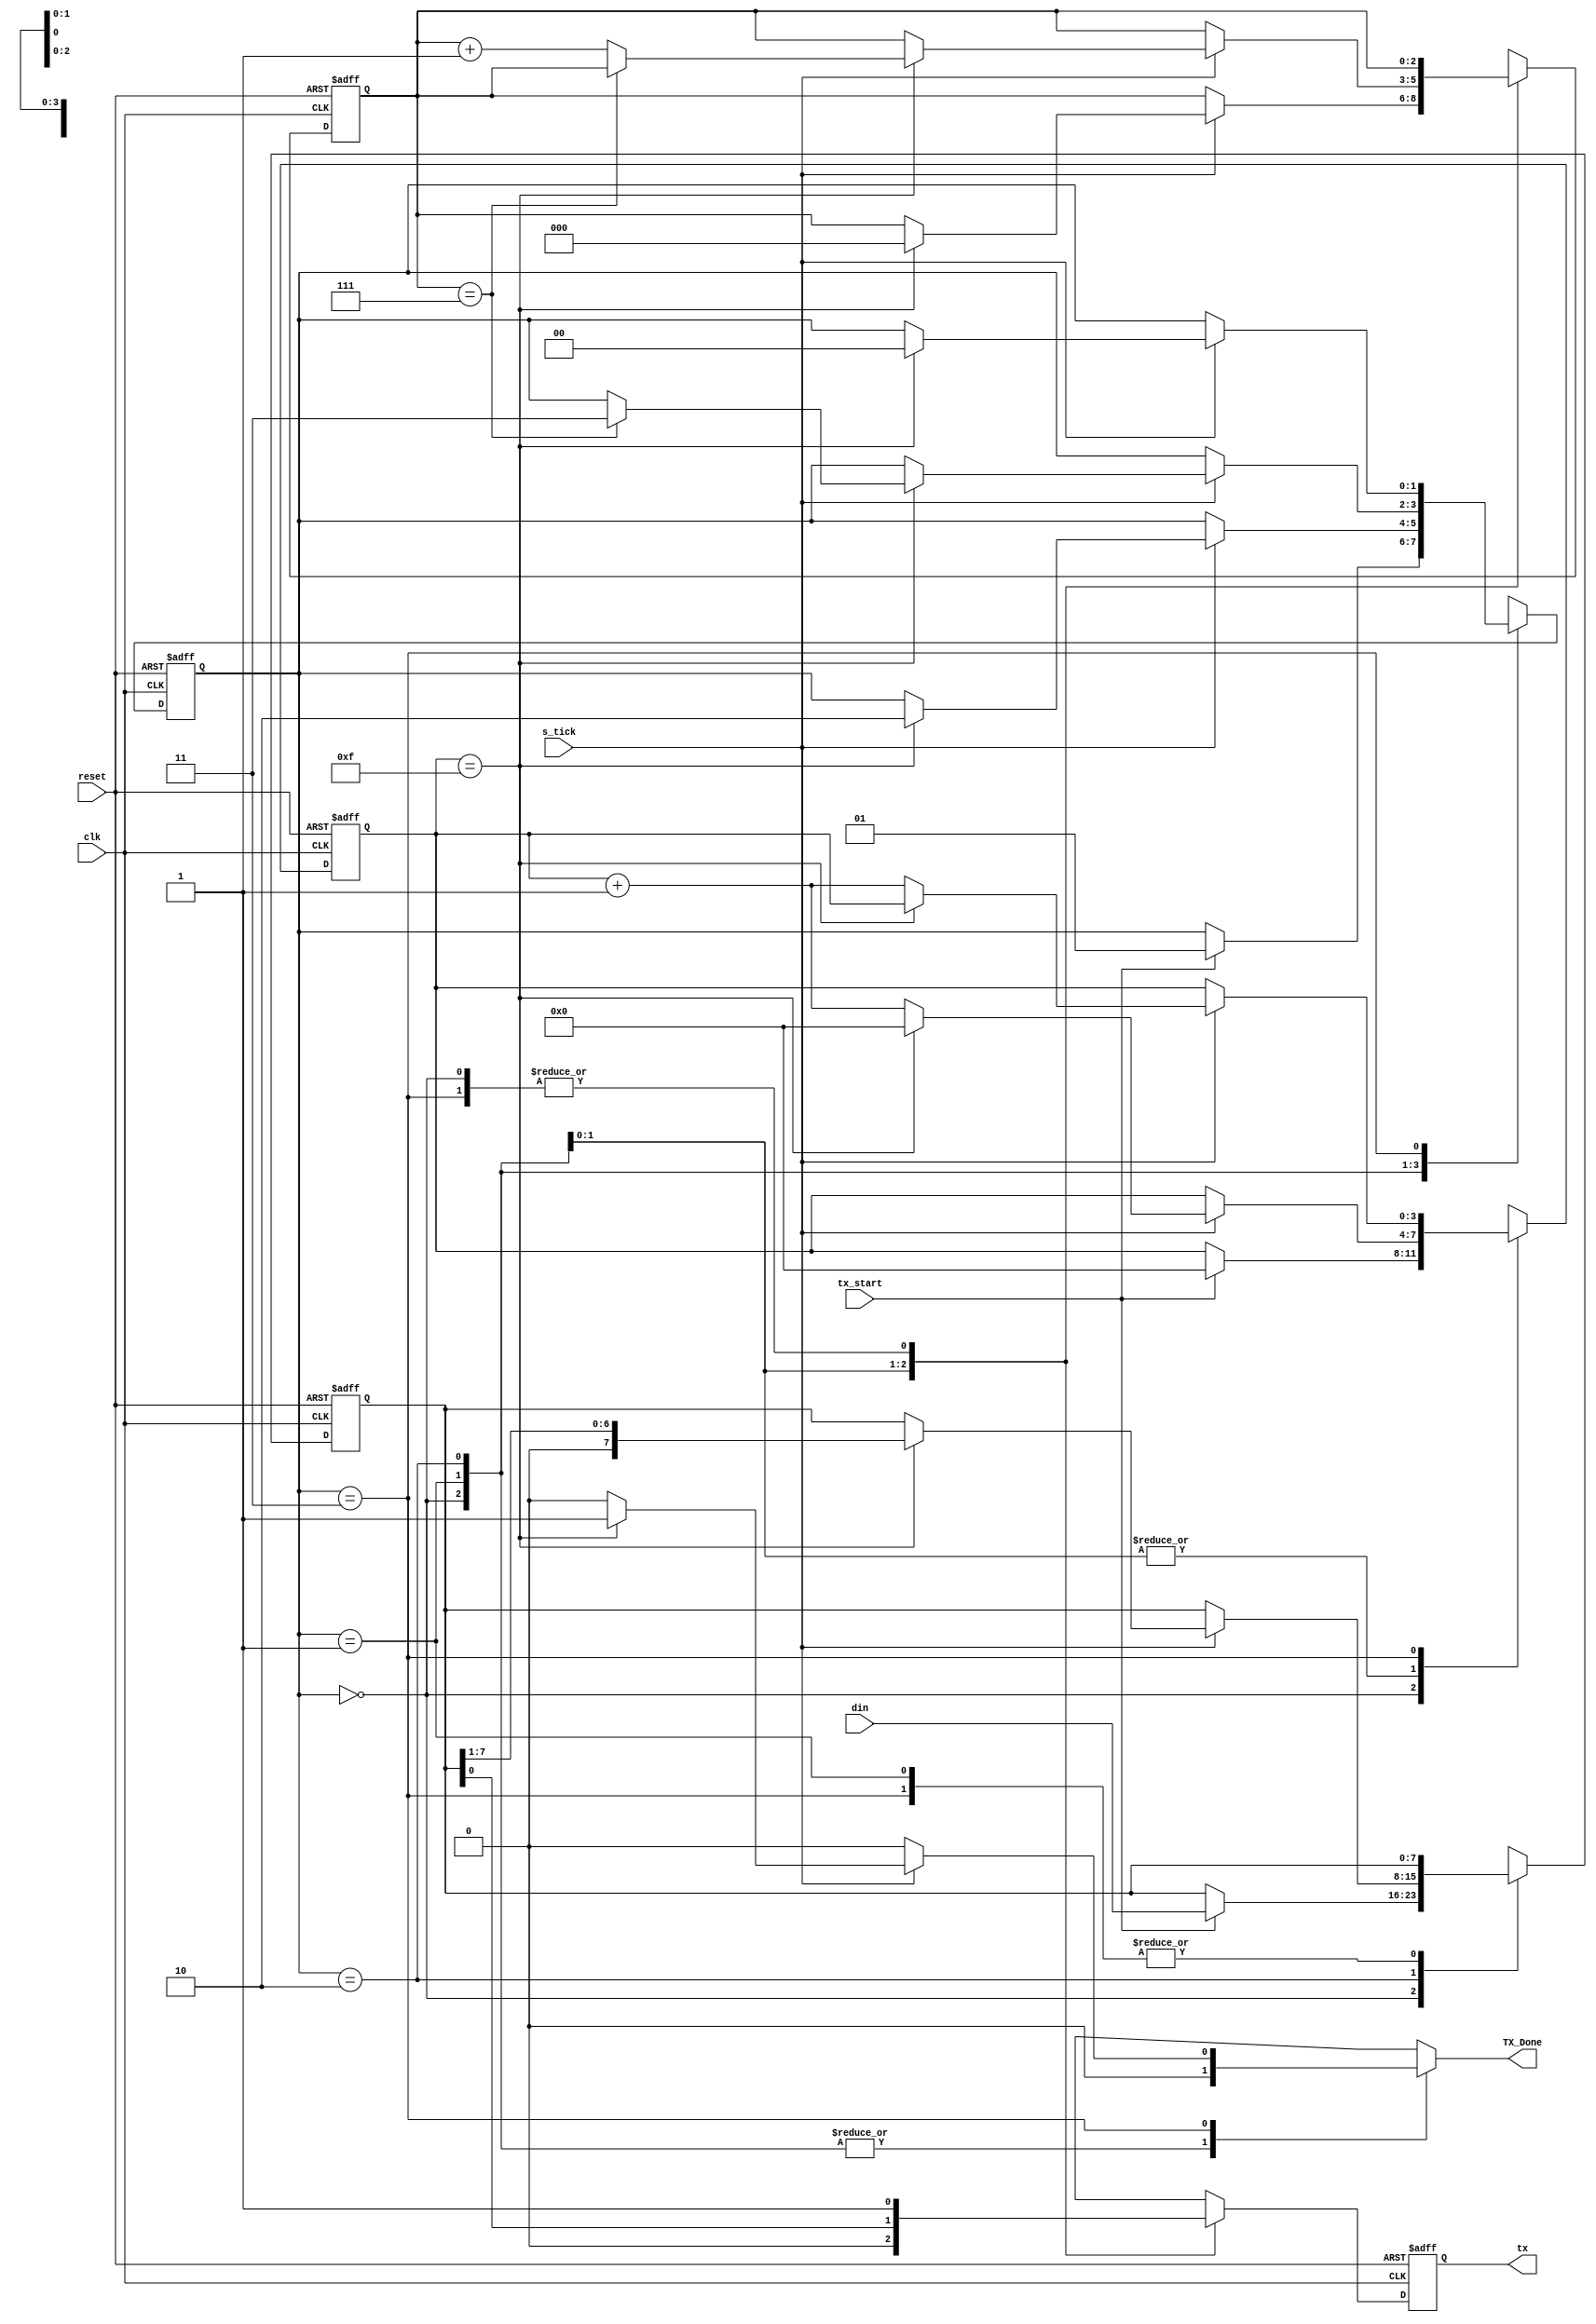
module Transmisor#(parameter DBIT=8, SB_TICK=16)(
	
	// DBIT #databits
    // SB_TICK#ticks for stop bits
    
    //INPUTS
	input wire clk, reset,
	input wire tx_start, s_tick,
	input wire [7:0] din,
	//OUTPUTS
	output reg TX_Done=0,
	output wire tx
	);
	// symbolic state declaration
   
   localparam [1:0]
					idle = 2'b00,
					start = 2'b01,
					data = 2'b10,
					stop = 2'b11;
	
	// signal declaratio n
	
	reg [1:0] state_reg=0, state_next=0;
	reg [3:0] s_reg=0, s_next=0;
	reg [2:0] n_reg=0, n_next=0;
	reg [7:0] b_reg=0, b_next=0;
	reg tx_reg=1, tx_next=1;

	// FSMD state & data registers
	
	always @(posedge clk, posedge reset)
		if (reset)
			begin
				state_reg <= idle;
				s_reg <= 0;
				n_reg <= 0;
				b_reg <= 0 ;
				tx_reg <= 1'b1;
			end
		else
			begin
				state_reg <= state_next;
				s_reg <= s_next;

				n_reg <= n_next;
				b_reg <= b_next;
				tx_reg <= tx_next;
			end
			
	// FSMD next_state logic&functional units
	always @*
	begin
		state_next = state_reg;
		TX_Done = 1'b0;
		s_next = s_reg;
		n_next = n_reg;
		b_next = b_reg;
		tx_next = tx_reg;
		
		case (state_reg)
			idle:
				begin
					tx_next = 1'b1;
					if (tx_start)
						begin
							state_next = start;
							s_next =0;
							b_next = din;
						end
				end
				
			start:
				begin
					tx_next =1'b0;
					if (s_tick)
						if (s_reg ==15)
							begin
								state_next = data;
								s_next = 0;
								n_next = 0;
							end
						else
							s_next = s_reg + 1;
				end
				
			data:
				begin
					tx_next =b_reg[0];
					if (s_tick)
						if (s_reg == 15)
							begin
								s_next =0;
								b_next = b_reg>>1;
								if (n_reg==(DBIT-1))
									state_next = stop;
								else
									n_next = n_reg + 1;
							end
						else
							s_next = s_reg + 1;

				end
				
			stop:
				begin
					tx_next =1'b1;
					if (s_tick)
						if (s_reg==(SB_TICK-1 ))
							begin
								state_next = idle;
								TX_Done = 1'b1;
							end
						else
						s_next = s_reg+ 1;
				end
		endcase
	end
		//  output
	assign tx = tx_reg;
	
endmodule